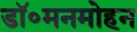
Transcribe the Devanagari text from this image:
डॉ॰मनमोहन